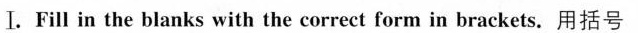
Ⅰ.Fill in the bianks with the correct from in brackets.用括号